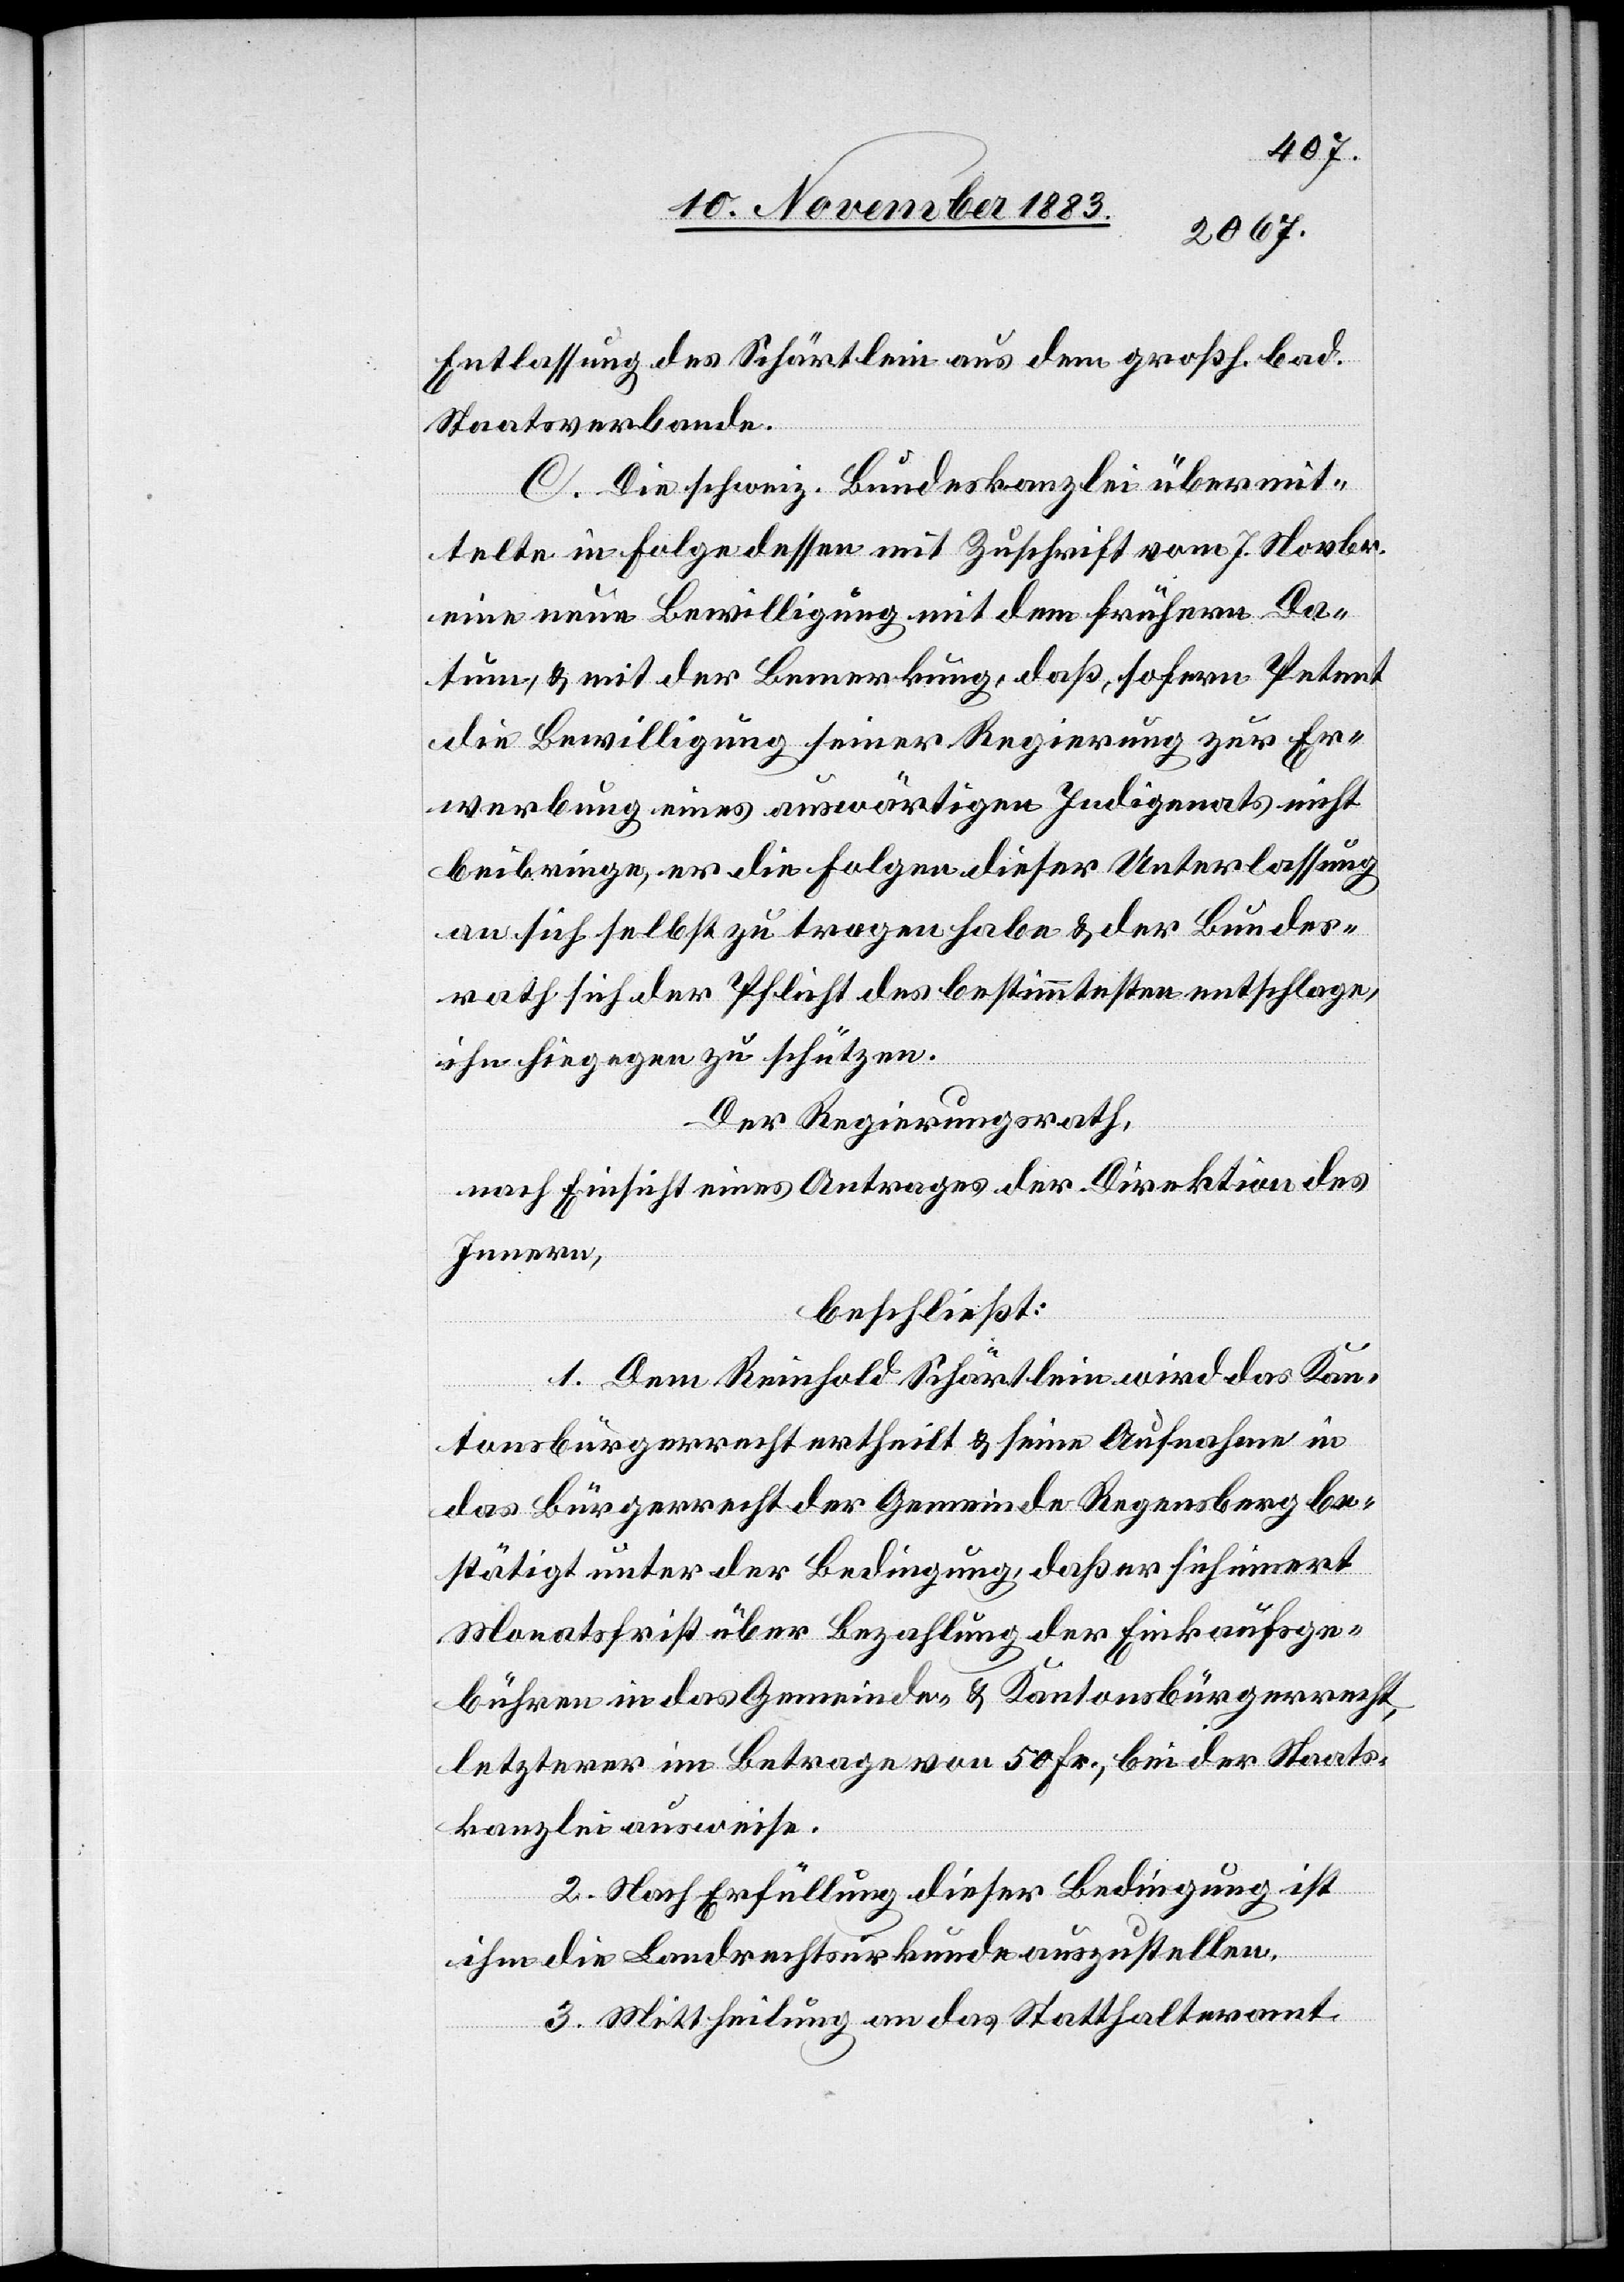
Entlassung des Schärtlein aus dem großh. bad.
Staatsverbande.
C. Die schweiz. Bundeskanzlei übermit¬
telte in Folge dessen mit Zuschrift vom 7. Novbr.
eine neue Bewilligung mit dem frühern Da¬
tum, & mit der Bemerkung, daß, sofern Petent
die Bewilligung seiner Regierung zur Er¬
werbung eines auswärtigen Indigenats nicht
beibringe, er die Folgen dieser Unterlassung
an sich selbst zu tragen habe & der Bundes¬
rath sich der Pflicht des bestimmtesten entschlage,
ihn hiegegen zu schützen.
Der Regierungsrath,
nach Einsicht eines Antrages der Direktion des
Innern,
beschließt:
1. Dem Reinhold Schärtlein wird das Kan¬
tonsbürgerrecht ertheilt & seine Aufnahme in
das Bürgerrecht der Gemeinde Regensberg be¬
stätigt unter der Bedingung, daß er sich innert
Monatsfrist über Bezahlung der Einkaufsge¬
bühren in das Gemeinde- & Kantonsbürgerrecht,
letzterer im Betrage von 50 Fr., bei der Staats¬
kanzlei ausweise.
2. Nach Erfüllung dieser Bedingung ist
ihm die Landrechtsurkunde auszustellen.
3. Mittheilung an das Statthalteramt